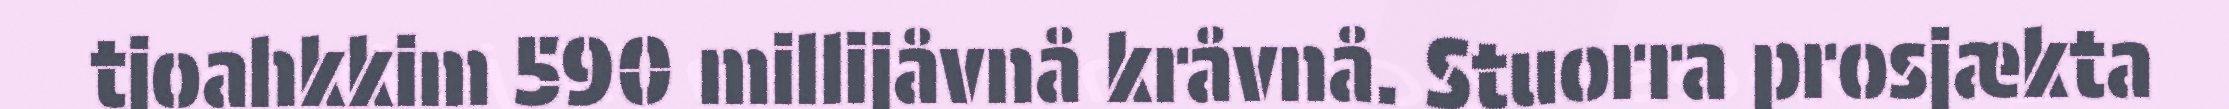
tjoahkkim 590 millijåvnå kråvnå. Stuorra prosjækta